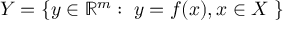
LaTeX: Y = \{ y \in \mathbb { R } ^ { m } : \; y = f ( x ) , x \in X \; \}